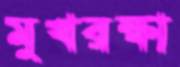
মুখরক্ষা